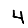
Digit: 4